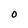
Character: O